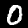
Digit: 0